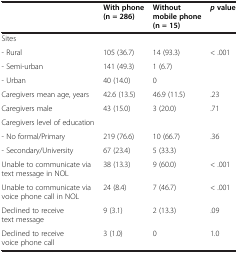
<table><thead><tr><td></td><td><b>With phone (n = 286)</b></td><td><b>Without mobile phone (n = 15)</b></td><td><b><i>p</i>value</b></td></tr></thead><tbody><tr><td>Sites</td><td></td><td></td><td></td></tr><tr><td>- Rural</td><td>105 (36.7)</td><td>14 (93.3)</td><td rowspan="3">&lt; .001</td></tr><tr><td>- Semi-urban</td><td>141 (49.3)</td><td>1 (6.7)</td></tr><tr><td>- Urban</td><td>40 (14.0)</td><td>0</td></tr><tr><td>Caregivers mean age, years</td><td>42.6 (13.5)</td><td>46.9 (11.5)</td><td>.23</td></tr><tr><td>Caregivers male</td><td>43 (15.0)</td><td>3 (20.0)</td><td>.71</td></tr><tr><td>Caregivers level of education</td><td></td><td></td><td></td></tr><tr><td>- No formal/Primary</td><td>219 (76.6)</td><td>10 (66.7)</td><td rowspan="2">.36</td></tr><tr><td>- Secondary/University</td><td>67 (23.4)</td><td>5 (33.3)</td></tr><tr><td>Unable to communicate via text message in NOL</td><td>38 (13.3)</td><td>9 (60.0)</td><td>&lt; .001</td></tr><tr><td>Unable to communicate via voice phone call in NOL</td><td>24 (8.4)</td><td>7 (46.7)</td><td>&lt; .001</td></tr><tr><td>Declined to receive text message</td><td>9 (3.1)</td><td>2 (13.3)</td><td>.09</td></tr><tr><td>Declined to receive voice phone call</td><td>3 (1.0)</td><td>0</td><td>1.0</td></tr></tbody></table>